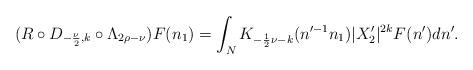
LaTeX: \begin{align*} (R\circ D_{-\frac{\nu}{2},k}\circ\Lambda_{2\rho-\nu})F(n_1) = \int_N K_{-\frac{1}{2}\nu-k}(n'^{-1}n_1)|X_2'|^{2k}F(n') dn'.\end{align*}